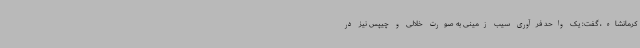
کرمانشاه، گفت: یک واحد فرآوری سیب زمینی به صورت خلالی و چیپس نیز در